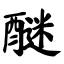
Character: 醚